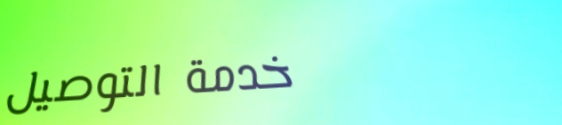
خدمة التوصيل